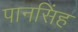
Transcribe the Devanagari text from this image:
पानसिंह